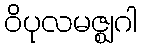
ဝိပုလမဇ္ဈဂါ